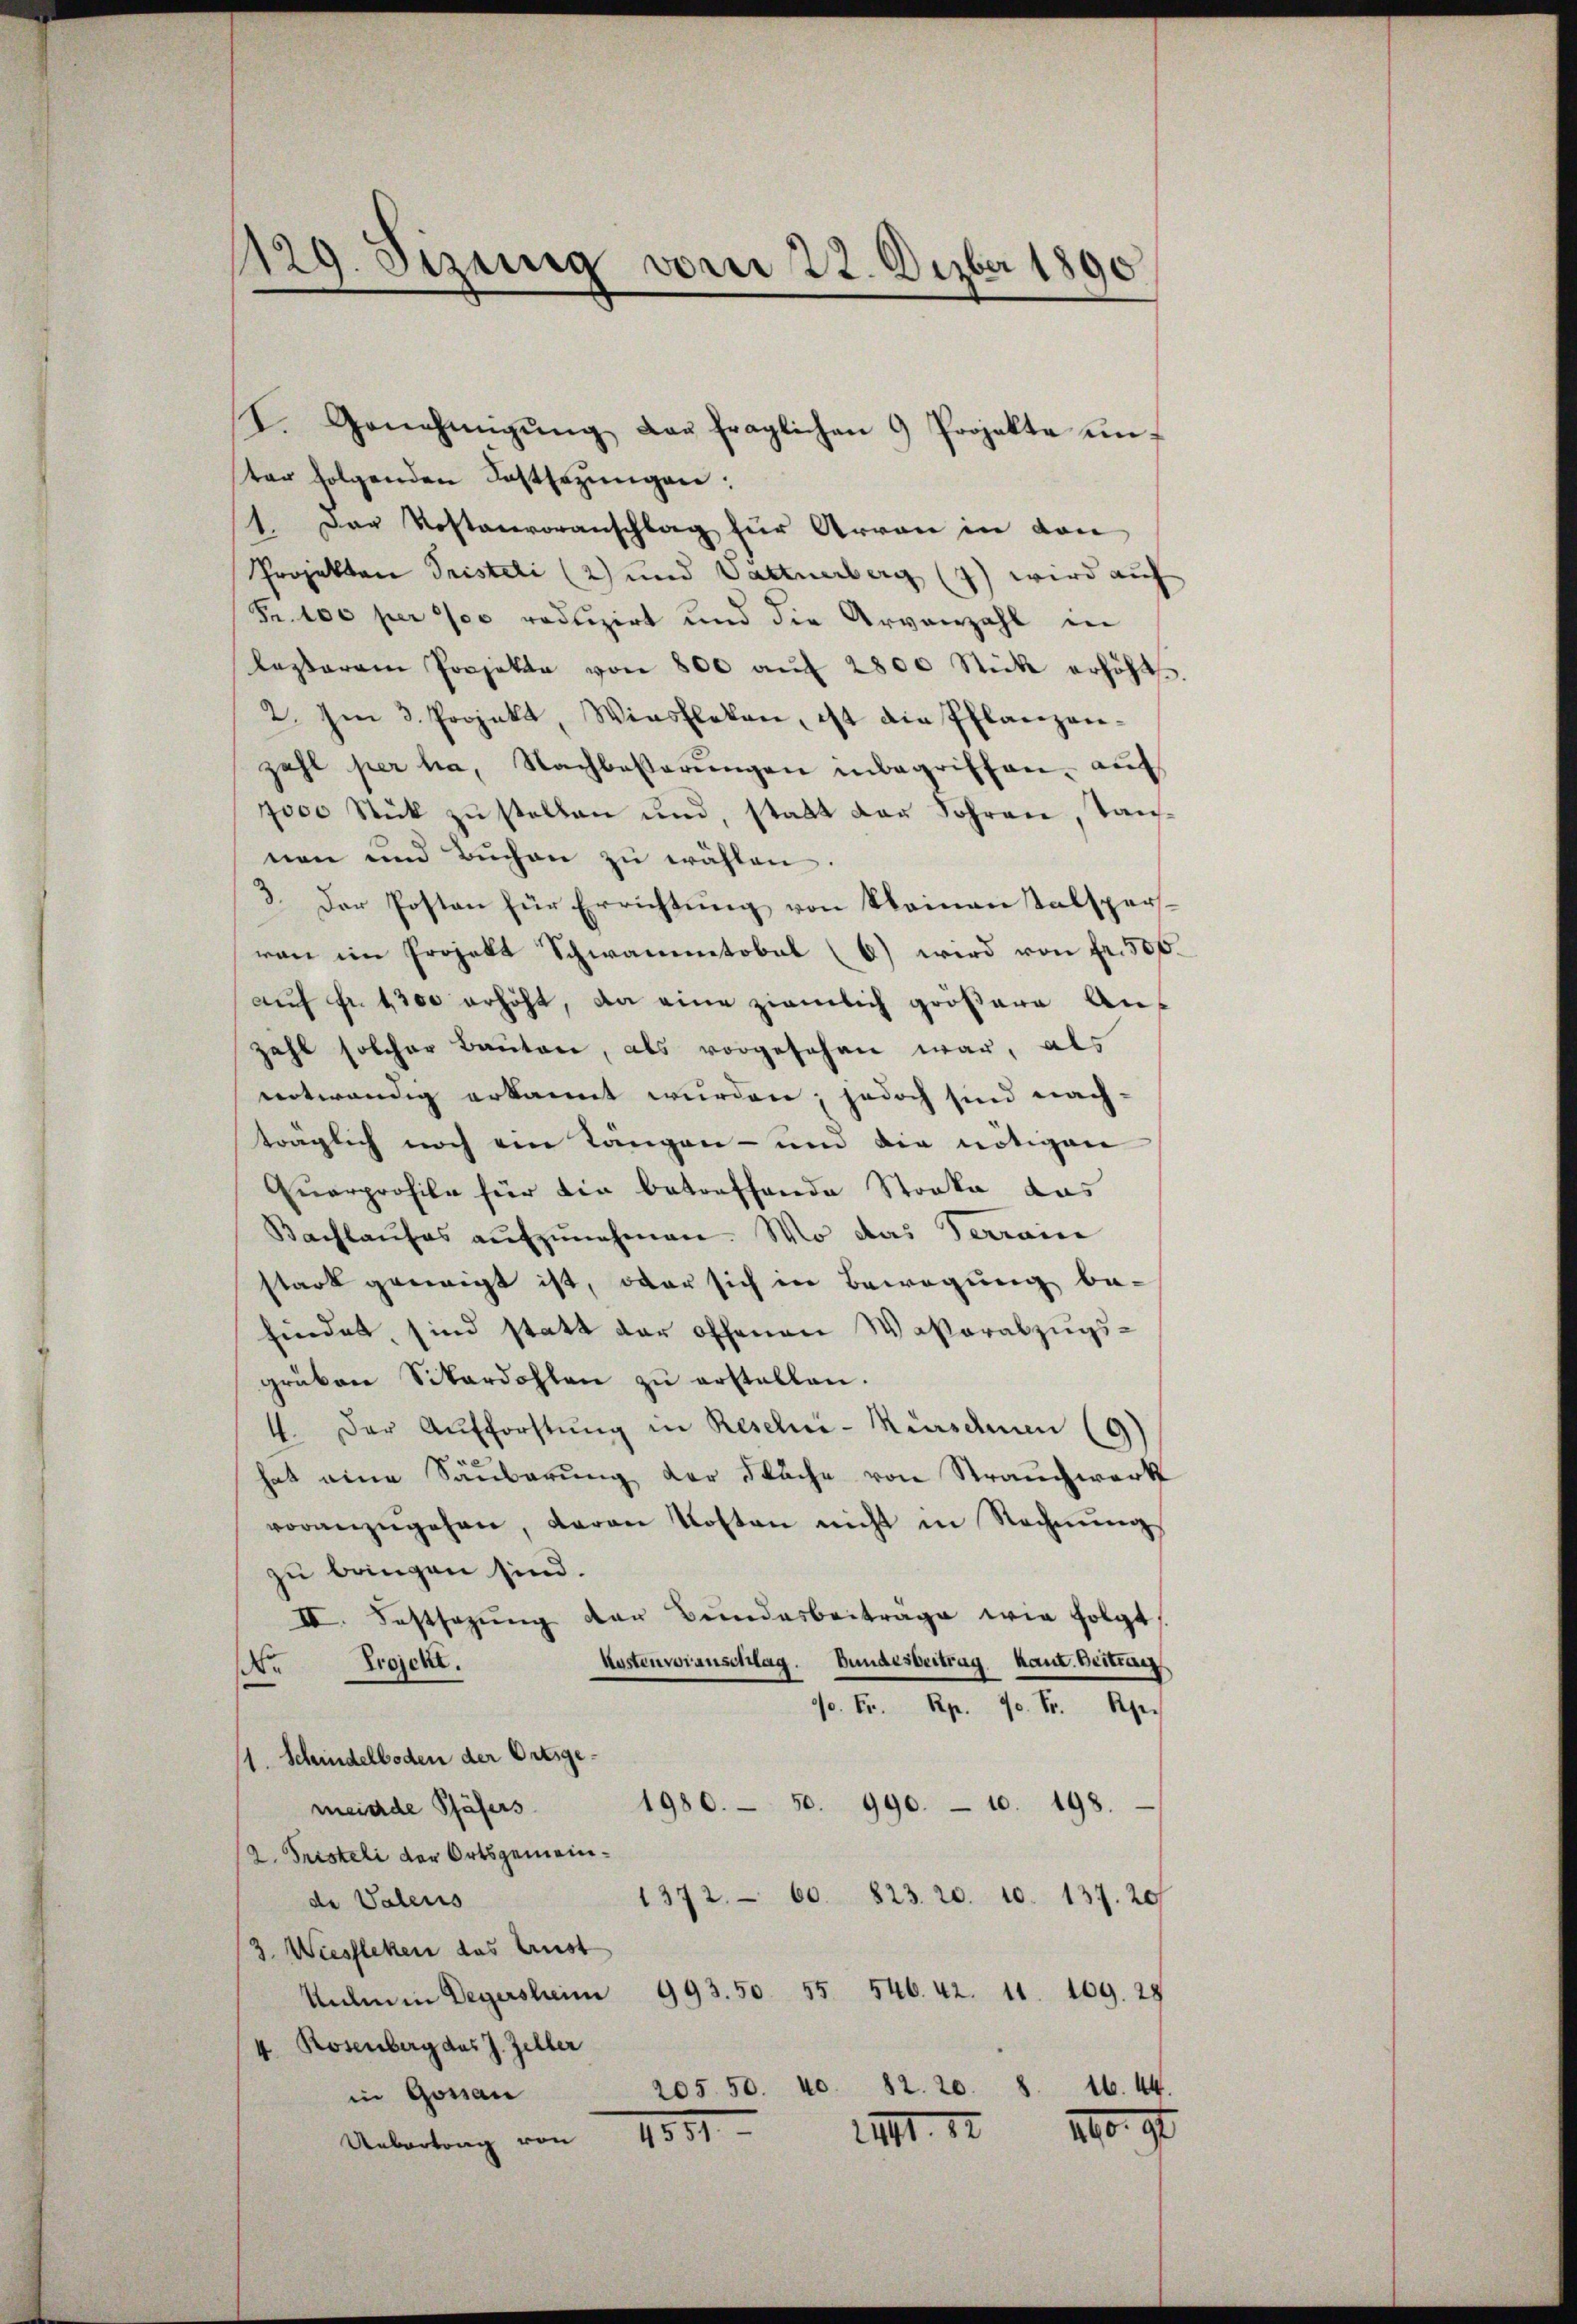
I. Genehmigŭng das fraglichen 9 Projekte un-
ter folgenden Festsezungen:
1. Der Kostenvoranschlag zur Arran in den
Projekten Pristeli (2) und Vattnerberg (7) wird auf
Fr. 100 per 700 reduzirt und die Arvanzahl in
lasserem Projekte von 800 aŭf 2800 Stick erhöht.
2. Im 3. Projekt, Winsfleken, ist die Pflanzen-
zahl per ha, Nachbeβerŭngen inbegriffen, auf
7000 Stück zŭ stellen und, statt der Sohren, Taŭs-
nen und Büchen zu wählen.
3. Der Posten für Errichtung von Kleinen Talspersran im Projekt Schwamentobel (6) wird von Fr. 500.
auf Fr. 1300 erhöht, da eine ziemlich größere Anzahl solcher Bauten, als vorgesehen war, als
entwendig erkannt wurden; jedoch sind nach-
träglich noch ein Längen - um die nötigene
Quarprofile für die betreffende Stocke das
Kachlaŭses aŭfzŭnehmen. Wo das Terraine
stark geneigt ist, oder sich in Bewegung be-
findet, sind statt der offenen Waßerabzugsgräben Sitardohlen zŭ erstellen.
4. Der Aufforstŭng in Reselni-Kerschnen (9)
hat eine Säuberung der Fläche von Strauchwerk
voranzŭgehen, daran Kosten nicht in Rechnŭng
zu bringen sind.
II. Festsezung der Bundesbeitrage wie folgt
Kostenvoranschlag. Bundesbertrag kant. Beitrau
Projekt.
No
9 Fr. Rp. 70. Fr. Rp.
1. Schindelboden der Ortsge¬
1980. 50. 990. - 10. 198.
meinde Pfäfers
2. Fristeli der Ortsgemein¬
1372. 60. 823. 20. 10. 137. 20
de Valens
3. Wiessleken das Aust
Kulm in Degersheim 993. 50. 55. 546. 42. 11. 109. 28
4 Rosenberg des J. Zeller
205 50. 40. 82. 20. 8. 16. 44.
in Gossau
IIII. 1790. 90
Untertung von 1851.

pag. Sizung vom 22. Dezber 1890